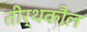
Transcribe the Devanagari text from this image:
तीर्थकौल